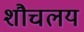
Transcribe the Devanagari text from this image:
शौचलय